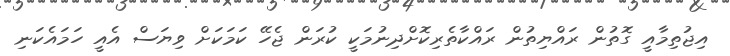
އިޖުތިމާއީ ގޮތުން ރައްޔިތުން ރައްކާތެރިކޮށްދިނުމަކީ ކުރަން ޖެހޭ ކަމަކަށް ވިޔަސް އެއީ ހަމައެކަނި